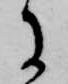
に